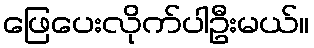
ဖြေပေးလိုက်ပါဦးမယ်။